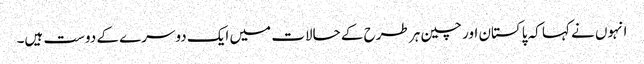
انہوں نے کہا کہ پاکستان اور چین ہر طرح کے حالات میں ایک دوسرے کے دوست ہیں۔